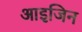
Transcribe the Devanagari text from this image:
आइजिन